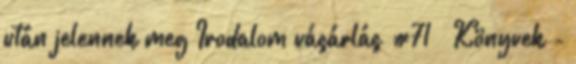
után jelennek meg Irodalom vásárlás #71 – Könyvek -